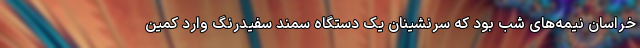
خراسان نیمه‌های شب بود که سرنشینان یک دستگاه سمند سفیدرنگ وارد کمین